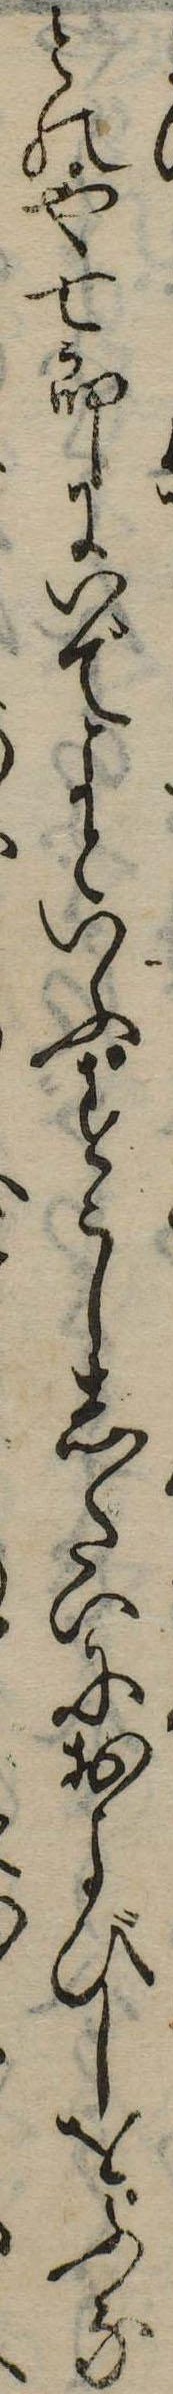
とのや七郎にいでよといふすこししたいにおよびしをふな